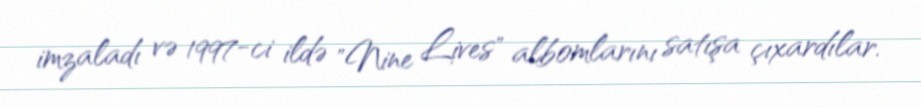
imzaladı və 1997-ci ildə "Nine Lives" albomlarını satışa çıxardılar.